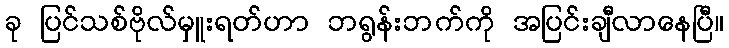
ခု ပြင်သစ်ဗိုလ်မှူးရတ်ဟာ ဘရွန်းဘက်ကို အပြင်းချီလာနေပြီ။